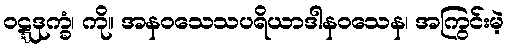
ဝဋ္ဋဒုက္ခံ၊ ကို။ အနဝသေသပရိယာဒါနဝသေန၊ အကြွင်းမဲ့